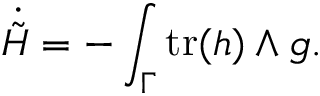
\dot { \tilde { H } } = - \int _ { \Gamma } \mathrm { t r } ( h ) \wedge g .